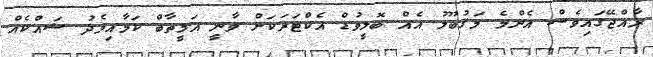
ރާއްޖޭގައިވެސް އެންމެ މަޤުބޫލު އެއް ބޮލީވުޑް އެކްޓަރަކަށް ވާނީ އަމީތާބް ކަމާއިމެދު ޝައްކެއް